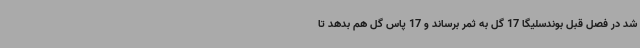
شد در فصل قبل بوندسلیگا 17 گل به ثمر برساند و 17 پاس گل هم بدهد تا